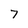
Character: 7